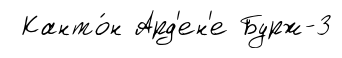
Канто́н Ард'ен'е Бурж-3